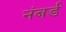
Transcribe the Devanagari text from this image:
नंबर्ड